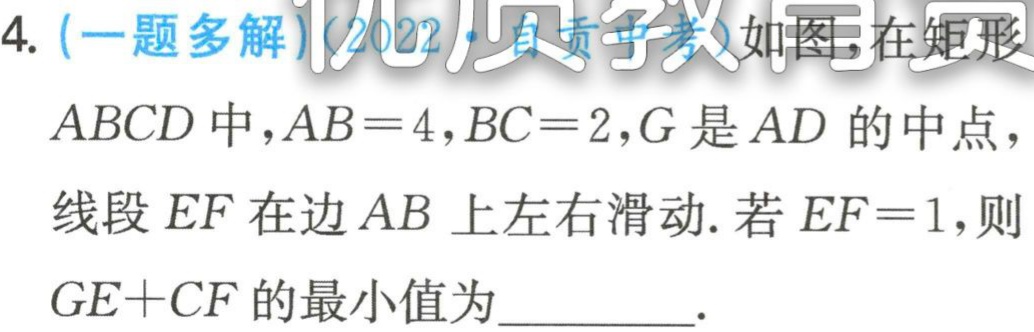
4. (一题多解)(2022·自贡中考)如图,在矩形

$ABCD$中,$AB = 4,BC = 2,G$是$AD$的中点，

线段$EF$在边$AB$上左右滑动. 若$EF = 1$,则

$GE + CF$的最小值为_________.